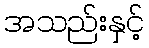
အသည်းနှင့်